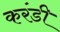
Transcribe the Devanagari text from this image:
करंडी